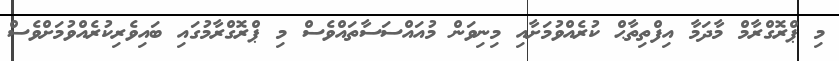
މި ޕްރޮގްރާމް މާދަމާ އިފްތިތާޙް ކުރެއްވުމަށާއި މިނިވަން މުއައްސަސާތައްވެސް މި ޕްރޮގްރާމުގައި ބައިވެރިކުރެއްވުމަށްވެސް